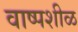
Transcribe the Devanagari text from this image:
वाष्पशीळ